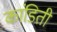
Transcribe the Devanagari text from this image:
कांडिती